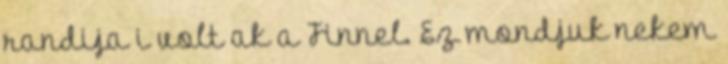
randija i volt ak a Finnel. Ez mondjuk nekem